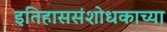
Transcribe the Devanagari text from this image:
इतिहाससंशोधकाच्या